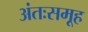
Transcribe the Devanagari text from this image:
अंतःसमूह